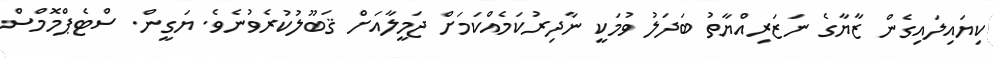
ކިޔައިލައިގެން ޒާޔާގެ ނަޒަރިއްޔާތު ބަދަލު ވުމަކީ ނާދިރުކަމެއްކަމަށް ޖަމީލާއަށް ޤަބޫލުކުރެވުނެވެ. ޔަގީން. ސްޓެޕްމޮމްސް